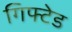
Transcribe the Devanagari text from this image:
गिफ्टेड